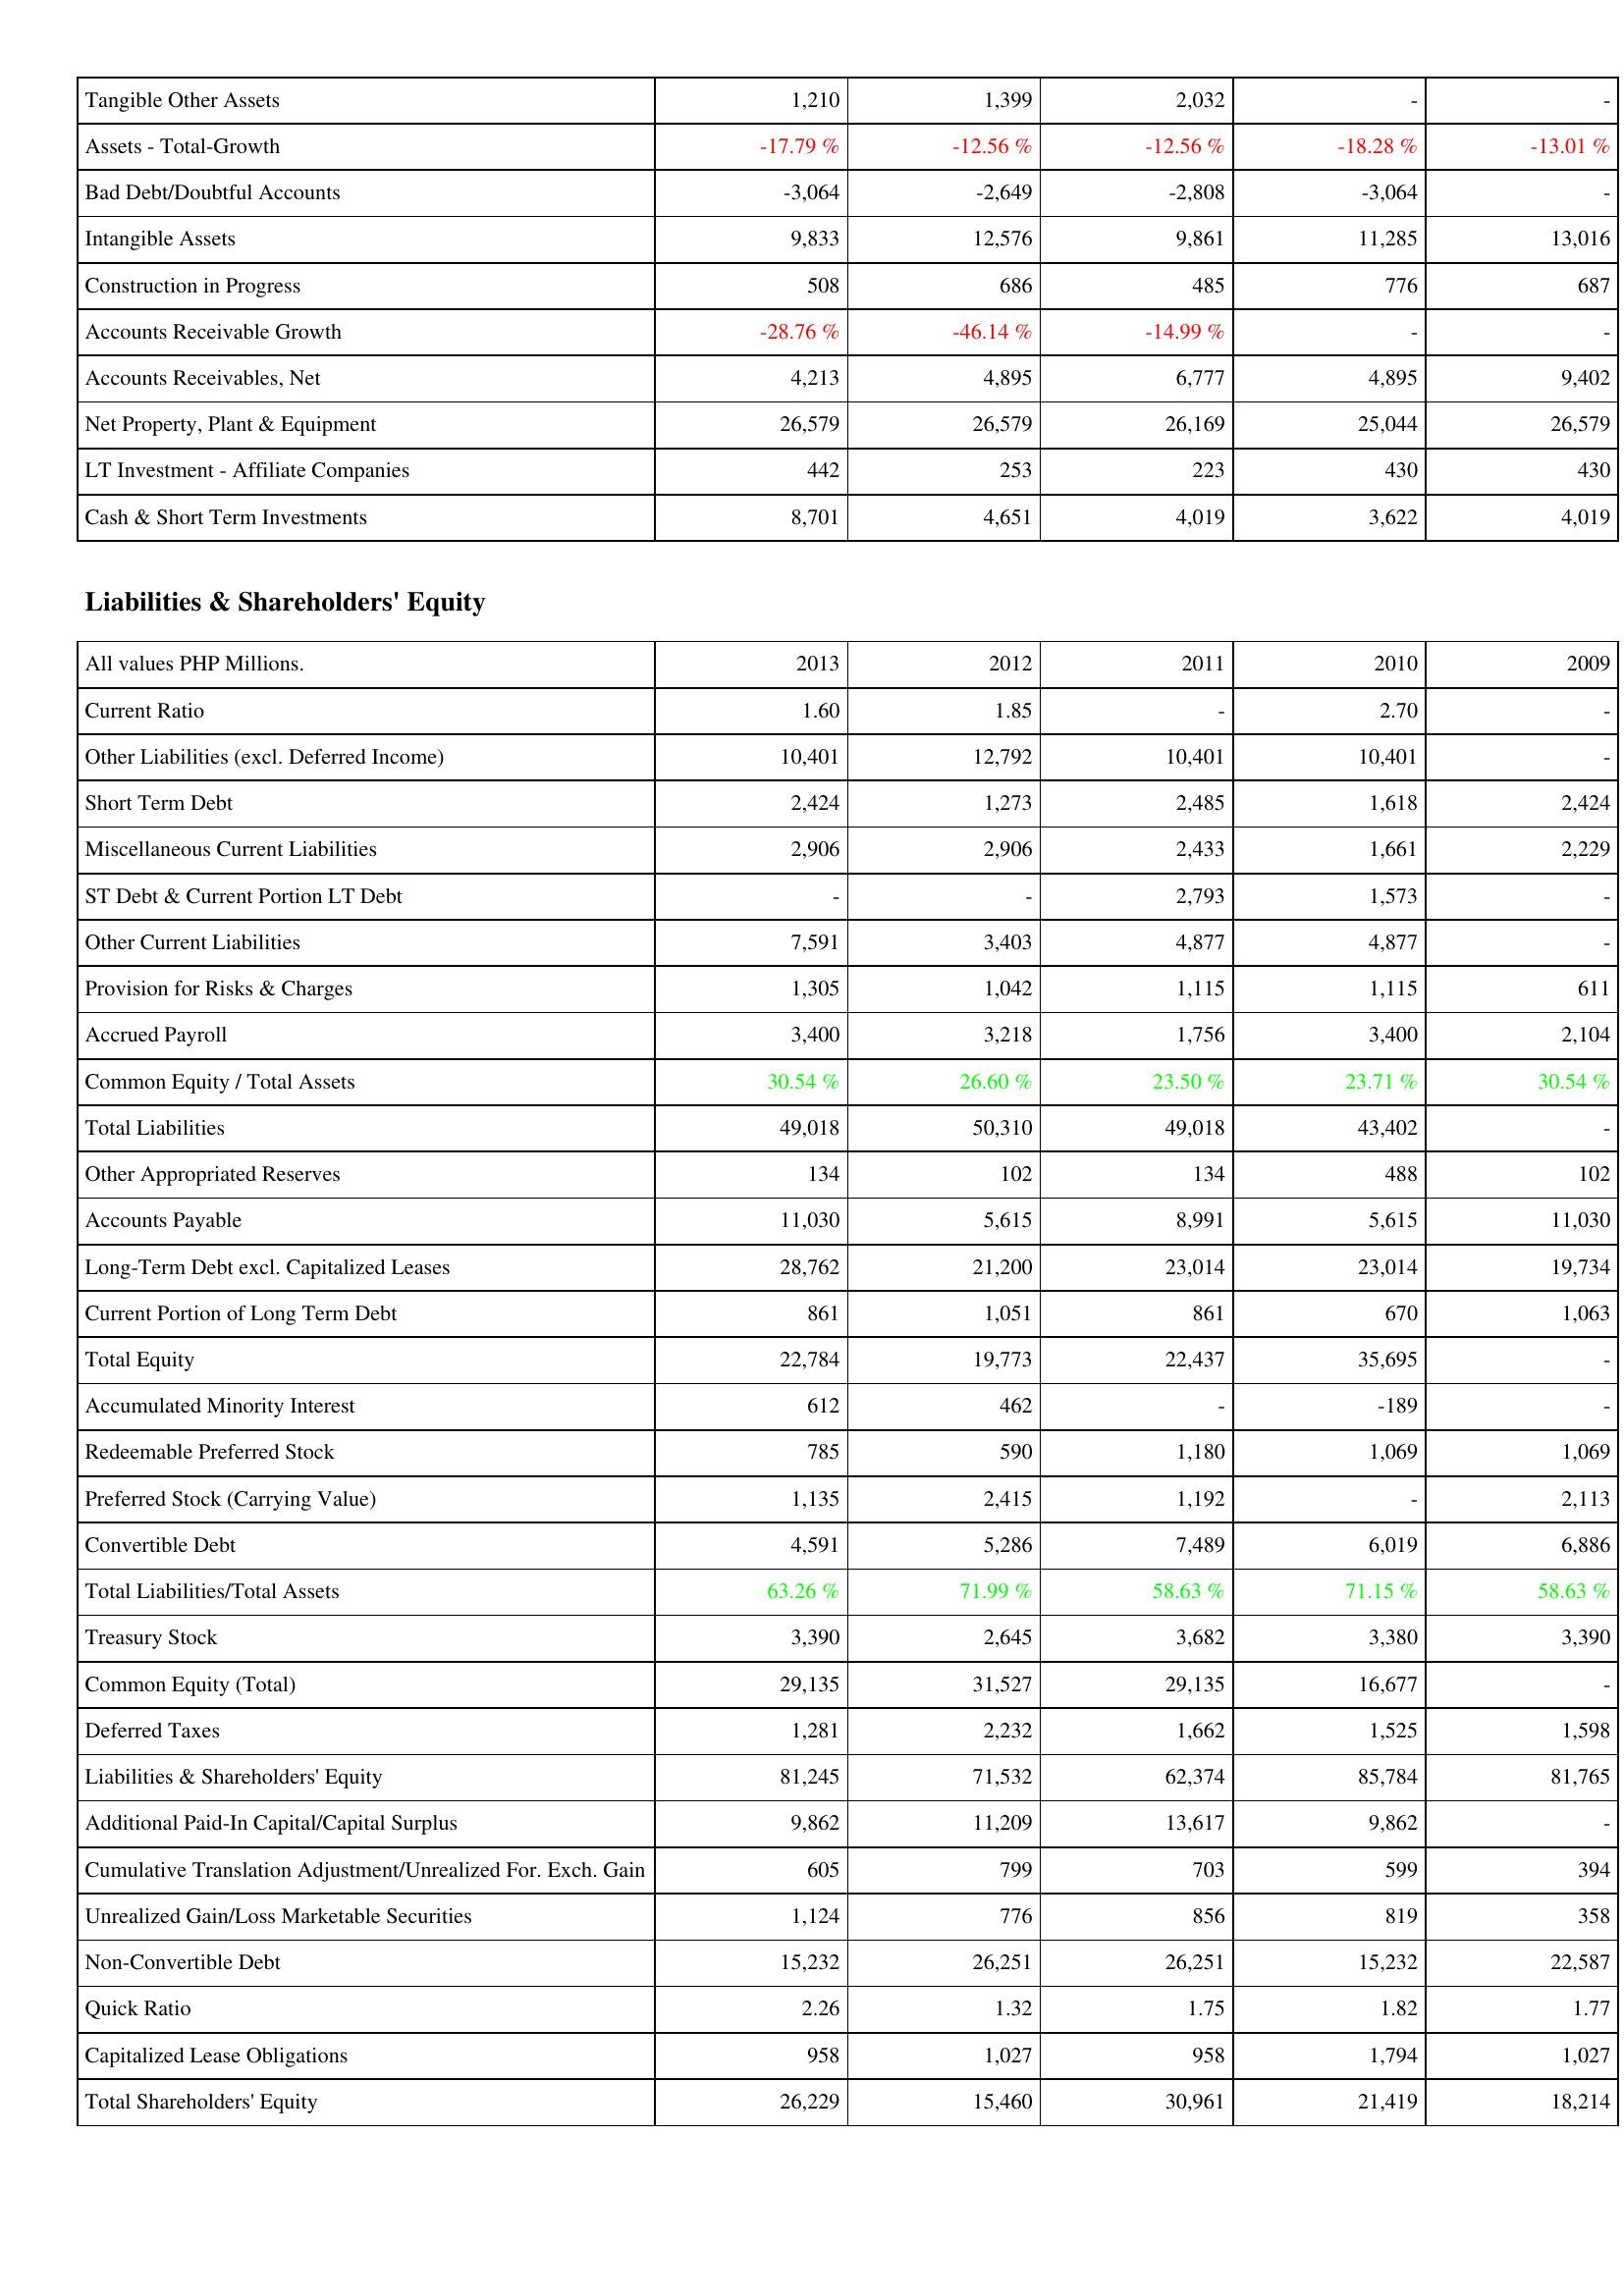
2013: Assets: Tangible Other Assets: 1,210
Assets - Total-Growth: -17.79 %
Bad Debt/Doubtful Accounts: -3,064
Intangible Assets: 9,833
Construction in Progress: 508
Accounts Receivable Growth: -28.76 %
Accounts Receivables, Net: 4,213
Net Property, Plant & Equipment: 26,579
LT Investment - Affiliate Companies: 442
Cash & Short Term Investments: 8,701
Liabilities & Shareholders' Equity: Current Ratio: 1.60
Other Liabilities (excl. Deferred Income): 10,401
Short Term Debt: 2,424
Miscellaneous Current Liabilities: 2,906
ST Debt & Current Portion LT Debt: -
Other Current Liabilities: 7,591
Provision for Risks & Charges: 1,305
Accrued Payroll: 3,400
Common Equity / Total Assets: 30.54 %
Total Liabilities: 49,018
Other Appropriated Reserves: 134
Accounts Payable: 11,030
Long-Term Debt excl. Capitalized Leases: 28,762
Current Portion of Long Term Debt: 861
Total Equity: 22,784
Accumulated Minority Interest: 612
Redeemable Preferred Stock: 785
Preferred Stock (Carrying Value): 1,135
Convertible Debt: 4,591
Total Liabilities/Total Assets: 63.26 %
Treasury Stock: 3,390
Common Equity (Total): 29,135
Deferred Taxes: 1,281
Liabilities & Shareholders' Equity: 81,245
Additional Paid-In Capital/Capital Surplus: 9,862
Cumulative Translation Adjustment/Unrealized For. Exch. Gain: 605
Unrealized Gain/Loss Marketable Securities: 1,124
Non-Convertible Debt: 15,232
Quick Ratio: 2.26
Capitalized Lease Obligations: 958
Total Shareholders' Equity: 26,229
2012: Assets: Tangible Other Assets: 1,399
Assets - Total-Growth: -12.56 %
Bad Debt/Doubtful Accounts: -2,649
Intangible Assets: 12,576
Construction in Progress: 686
Accounts Receivable Growth: -46.14 %
Accounts Receivables, Net: 4,895
Net Property, Plant & Equipment: 26,579
LT Investment - Affiliate Companies: 253
Cash & Short Term Investments: 4,651
Liabilities & Shareholders' Equity: Current Ratio: 1.85
Other Liabilities (excl. Deferred Income): 12,792
Short Term Debt: 1,273
Miscellaneous Current Liabilities: 2,906
ST Debt & Current Portion LT Debt: -
Other Current Liabilities: 3,403
Provision for Risks & Charges: 1,042
Accrued Payroll: 3,218
Common Equity / Total Assets: 26.60 %
Total Liabilities: 50,310
Other Appropriated Reserves: 102
Accounts Payable: 5,615
Long-Term Debt excl. Capitalized Leases: 21,200
Current Portion of Long Term Debt: 1,051
Total Equity: 19,773
Accumulated Minority Interest: 462
Redeemable Preferred Stock: 590
Preferred Stock (Carrying Value): 2,415
Convertible Debt: 5,286
Total Liabilities/Total Assets: 71.99 %
Treasury Stock: 2,645
Common Equity (Total): 31,527
Deferred Taxes: 2,232
Liabilities & Shareholders' Equity: 71,532
Additional Paid-In Capital/Capital Surplus: 11,209
Cumulative Translation Adjustment/Unrealized For. Exch. Gain: 799
Unrealized Gain/Loss Marketable Securities: 776
Non-Convertible Debt: 26,251
Quick Ratio: 1.32
Capitalized Lease Obligations: 1,027
Total Shareholders' Equity: 15,460
2011: Assets: Tangible Other Assets: 2,032
Assets - Total-Growth: -12.56 %
Bad Debt/Doubtful Accounts: -2,808
Intangible Assets: 9,861
Construction in Progress: 485
Accounts Receivable Growth: -14.99 %
Accounts Receivables, Net: 6,777
Net Property, Plant & Equipment: 26,169
LT Investment - Affiliate Companies: 223
Cash & Short Term Investments: 4,019
Liabilities & Shareholders' Equity: Current Ratio: -
Other Liabilities (excl. Deferred Income): 10,401
Short Term Debt: 2,485
Miscellaneous Current Liabilities: 2,433
ST Debt & Current Portion LT Debt: 2,793
Other Current Liabilities: 4,877
Provision for Risks & Charges: 1,115
Accrued Payroll: 1,756
Common Equity / Total Assets: 23.50 %
Total Liabilities: 49,018
Other Appropriated Reserves: 134
Accounts Payable: 8,991
Long-Term Debt excl. Capitalized Leases: 23,014
Current Portion of Long Term Debt: 861
Total Equity: 22,437
Accumulated Minority Interest: -
Redeemable Preferred Stock: 1,180
Preferred Stock (Carrying Value): 1,192
Convertible Debt: 7,489
Total Liabilities/Total Assets: 58.63 %
Treasury Stock: 3,682
Common Equity (Total): 29,135
Deferred Taxes: 1,662
Liabilities & Shareholders' Equity: 62,374
Additional Paid-In Capital/Capital Surplus: 13,617
Cumulative Translation Adjustment/Unrealized For. Exch. Gain: 703
Unrealized Gain/Loss Marketable Securities: 856
Non-Convertible Debt: 26,251
Quick Ratio: 1.75
Capitalized Lease Obligations: 958
Total Shareholders' Equity: 30,961
2010: Assets: Tangible Other Assets: -
Assets - Total-Growth: -18.28 %
Bad Debt/Doubtful Accounts: -3,064
Intangible Assets: 11,285
Construction in Progress: 776
Accounts Receivable Growth: -
Accounts Receivables, Net: 4,895
Net Property, Plant & Equipment: 25,044
LT Investment - Affiliate Companies: 430
Cash & Short Term Investments: 3,622
Liabilities & Shareholders' Equity: Current Ratio: 2.70
Other Liabilities (excl. Deferred Income): 10,401
Short Term Debt: 1,618
Miscellaneous Current Liabilities: 1,661
ST Debt & Current Portion LT Debt: 1,573
Other Current Liabilities: 4,877
Provision for Risks & Charges: 1,115
Accrued Payroll: 3,400
Common Equity / Total Assets: 23.71 %
Total Liabilities: 43,402
Other Appropriated Reserves: 488
Accounts Payable: 5,615
Long-Term Debt excl. Capitalized Leases: 23,014
Current Portion of Long Term Debt: 670
Total Equity: 35,695
Accumulated Minority Interest: -189
Redeemable Preferred Stock: 1,069
Preferred Stock (Carrying Value): -
Convertible Debt: 6,019
Total Liabilities/Total Assets: 71.15 %
Treasury Stock: 3,380
Common Equity (Total): 16,677
Deferred Taxes: 1,525
Liabilities & Shareholders' Equity: 85,784
Additional Paid-In Capital/Capital Surplus: 9,862
Cumulative Translation Adjustment/Unrealized For. Exch. Gain: 599
Unrealized Gain/Loss Marketable Securities: 819
Non-Convertible Debt: 15,232
Quick Ratio: 1.82
Capitalized Lease Obligations: 1,794
Total Shareholders' Equity: 21,419
2009: Assets: Tangible Other Assets: -
Assets - Total-Growth: -13.01 %
Bad Debt/Doubtful Accounts: -
Intangible Assets: 13,016
Construction in Progress: 687
Accounts Receivable Growth: -
Accounts Receivables, Net: 9,402
Net Property, Plant & Equipment: 26,579
LT Investment - Affiliate Companies: 430
Cash & Short Term Investments: 4,019
Liabilities & Shareholders' Equity: Current Ratio: -
Other Liabilities (excl. Deferred Income): -
Short Term Debt: 2,424
Miscellaneous Current Liabilities: 2,229
ST Debt & Current Portion LT Debt: -
Other Current Liabilities: -
Provision for Risks & Charges: 611
Accrued Payroll: 2,104
Common Equity / Total Assets: 30.54 %
Total Liabilities: -
Other Appropriated Reserves: 102
Accounts Payable: 11,030
Long-Term Debt excl. Capitalized Leases: 19,734
Current Portion of Long Term Debt: 1,063
Total Equity: -
Accumulated Minority Interest: -
Redeemable Preferred Stock: 1,069
Preferred Stock (Carrying Value): 2,113
Convertible Debt: 6,886
Total Liabilities/Total Assets: 58.63 %
Treasury Stock: 3,390
Common Equity (Total): -
Deferred Taxes: 1,598
Liabilities & Shareholders' Equity: 81,765
Additional Paid-In Capital/Capital Surplus: -
Cumulative Translation Adjustment/Unrealized For. Exch. Gain: 394
Unrealized Gain/Loss Marketable Securities: 358
Non-Convertible Debt: 22,587
Quick Ratio: 1.77
Capitalized Lease Obligations: 1,027
Total Shareholders' Equity: 18,214